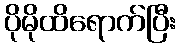
ပိုမိုထိရောက်ပြီး